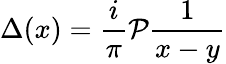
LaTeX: \Delta(x)=\frac{i}{\pi}{\cal P}\frac{1}{x-y}